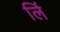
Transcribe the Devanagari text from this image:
लिं